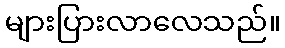
များပြားလာလေသည်။